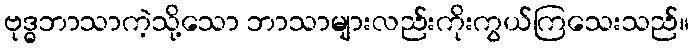
ဗုဒ္ဓဘာသာကဲ့သို့သော ဘာသာများလည်းကိုးကွယ်ကြသေးသည်။